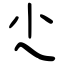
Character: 尐